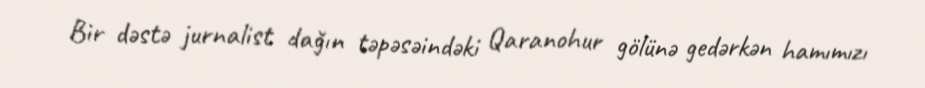
Bir dəstə jurnalist dağın təpəsəindəki Qaranohur gölünə gedərkən hamımızı